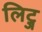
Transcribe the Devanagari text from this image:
लिट्ज